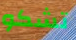
تشكو